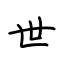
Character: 世